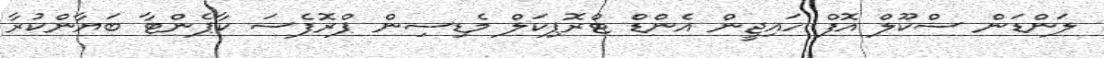
ލަންޑަން ސްކޫލް އޮފް ހައިޖީން އެންޑް ޓްރޮޕިކަލް މެޑިސިން ޕްރޮފެސަ ކާޕެންޓާ ބަޔާންކުރާ